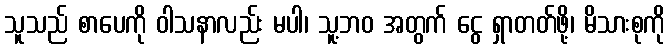
သူသည် စာပေကို ဝါသနာလည်း မပါ၊ သူ့ဘဝ အတွက် ငွေ ရှာတတ်ဖို့၊ မိသားစုကို